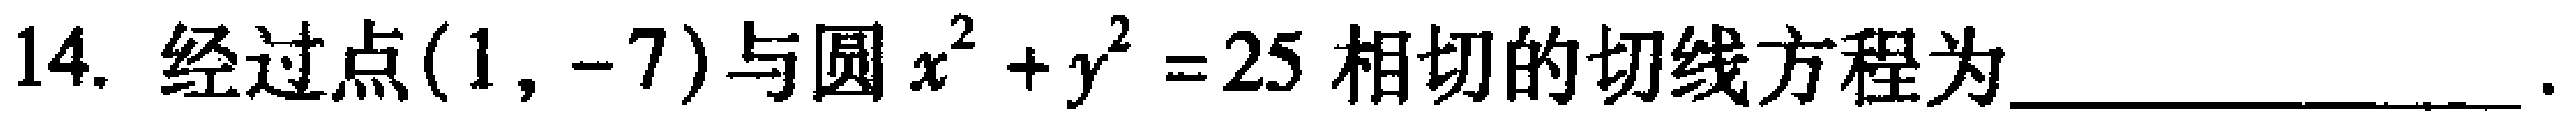
14. 经过点$(1, -7)$与圆$x^{2}+y^{2}=25$相切的切线方程为________________.